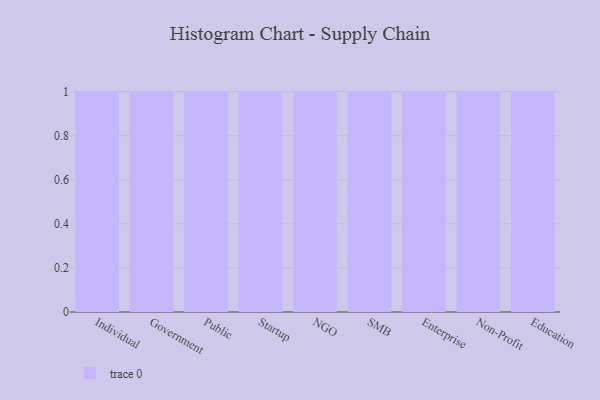
{"axis": {"x": "Segment", "y": "Market Share (%)"}, "legend": [""], "data": [{"x": "Individual", "y": 75, "type": ""}, {"x": "Government", "y": 61, "type": ""}, {"x": "Public", "y": 27, "type": ""}, {"x": "Startup", "y": 35, "type": ""}, {"x": "NGO", "y": 99, "type": ""}, {"x": "SMB", "y": 40, "type": ""}, {"x": "Enterprise", "y": 72, "type": ""}, {"x": "Non-Profit", "y": 60, "type": ""}, {"x": "Education", "y": 26, "type": ""}]}